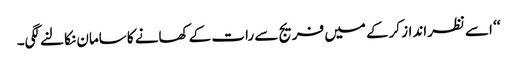
‘‘ اسے نظرانداز کرکے میں فریج سے رات کے کھانے کا سامان نکالنے لگی۔